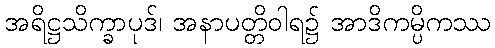
အရိဋ္ဌသိက္ခာပုဒ်၊ အနာပတ္တိဝါရ၌ အာဒိကမ္ပိကဿ